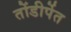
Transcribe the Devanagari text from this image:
तोंडीर्पेत